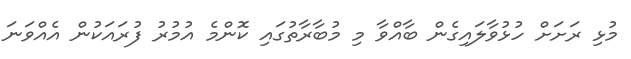
މުޅި ރަށަށް ހުޅުވާލައިގެން ބާއްވާ މި މުބާރާތުގައި ކޮންމެ އުމުރު ފުރައަކުން އެއްވަނަ